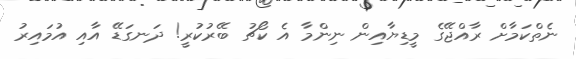
ނެތްކަމާށް ރާއްޖޭގެ މީޑިޔާއިން ނިންމާ އެ ކޯޗު ބޭރުކުރީ! ދަނގަޑޭ އާއި އުމައިރު